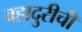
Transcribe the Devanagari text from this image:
बहादुरीची